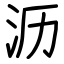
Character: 沥